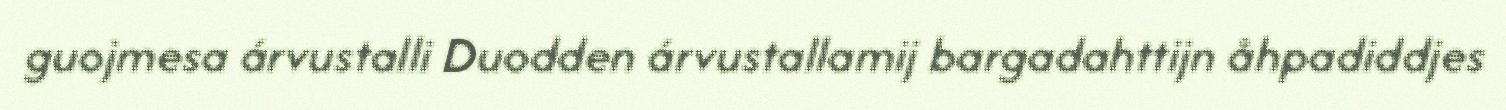
guojmesa árvustalli Duodden árvustallamij bargadahttijn åhpadiddjes